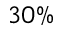
3 0 \%